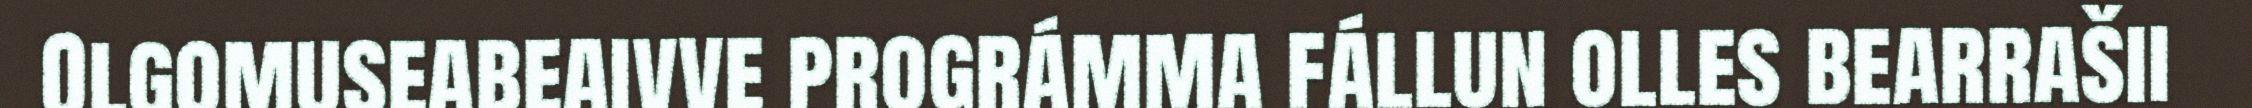
Olgomuseabeaivve prográmma fállun olles bearrašii